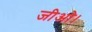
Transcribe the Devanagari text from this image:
जीओ।